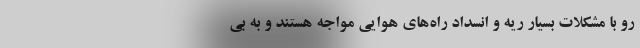
رو با مشکلات بسیار ریه و انسداد راه‌های هوایی مواجه هستند و به بی